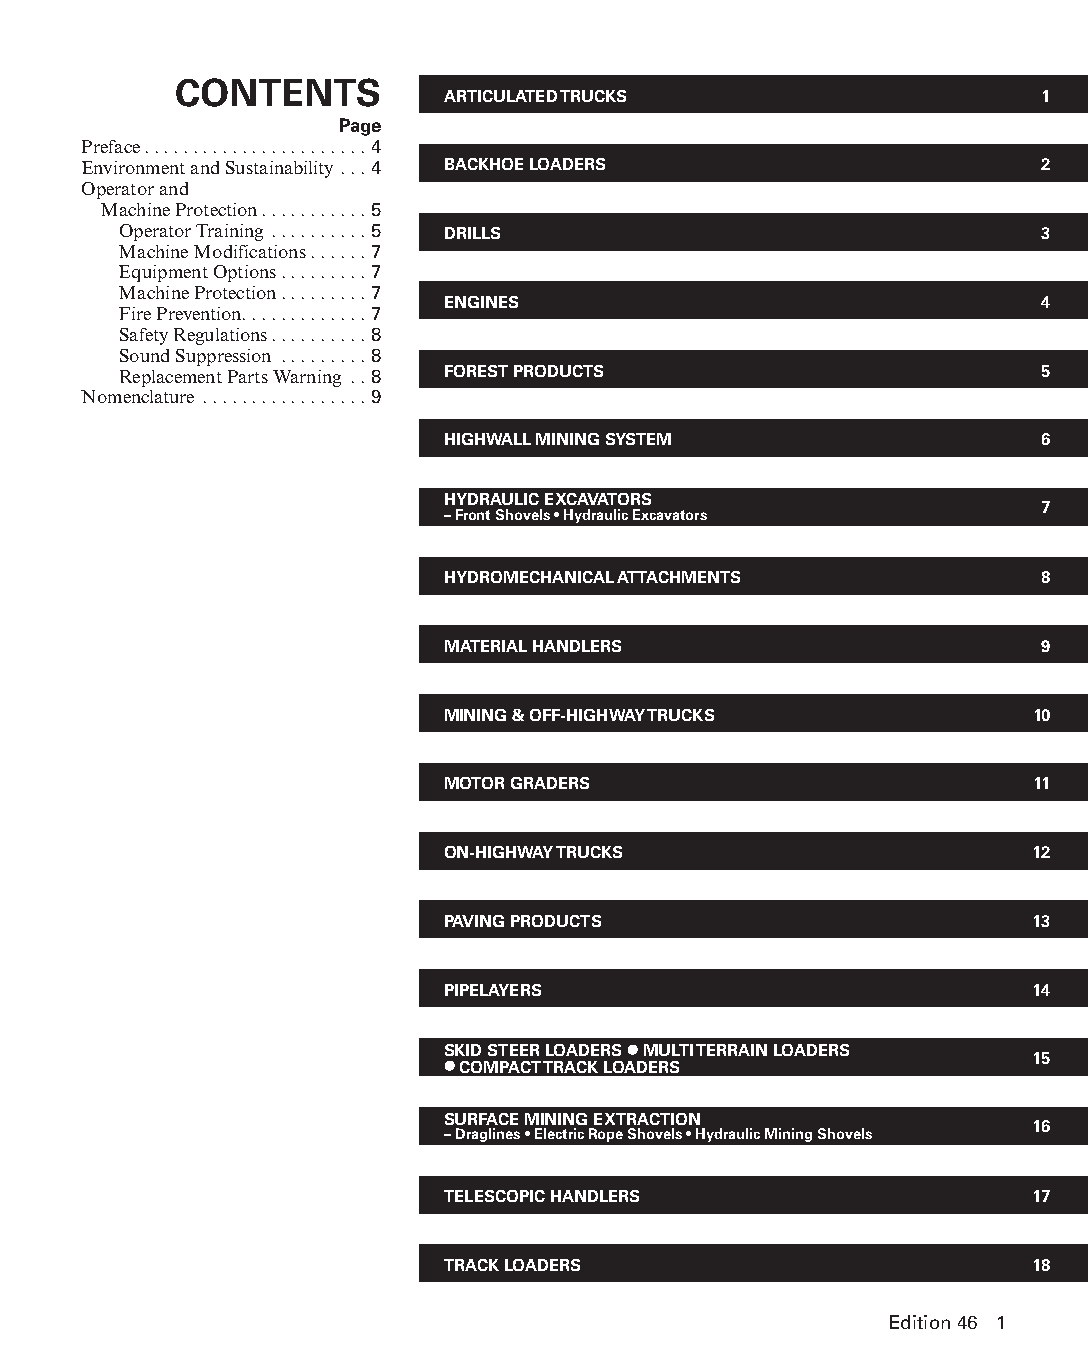
CONTENTS
 ARTICULATED TRUCKS                     1
 Page
 Preface . . . . . . . . . . . . . . . . . . . . . . . 4
 Environment and Sustainability . . . 4 BACKHOE LOADERS         2
 Operator and
 Machine Protection. . . . . . . . . . . 5
 Operator Training . . . . . . . . . . 5 DRILLS               3
 Machine Modifications . . . . . . 7
 Equipment Options . . . . . . . . . 7
 Machine Protection . . . . . . . . . 7
 ENGINES                                4
 Fire Prevention. . . . . . . . . . . . . 7
 Safety Regulations. . . . . . . . . . 8
 Sound Suppression . . . . . . . . . 8
 Replacement Parts Warning . . 8 FOREST PRODUCTS              5
 Nomenclature . . . . . . . . . . . . . . . . . 9
 HIGHWALL MINING SYSTEM                 6
 HYDRAULIC EXCAVATORS
 7
 – Front Shovels • Hydraulic Excavators
 HYDROMECHANICAL ATTACHMENTS            8
 MATERIAL HANDLERS                      9
 MINING & OFF-HIGHWAY TRUCKS            10
 MOTOR GRADERS                          11
 ON-HIGHWAY TRUCKS                      12
 PAVING PRODUCTS                        13
 PIPELAYERS                             14
 SKID STEER LOADERS ● MULTI TERRAIN LOADERS
 15
 ● COMPACT TRACK LOADERS
 SURFACE MINING EXTRACTION
 16
 – Draglines • Electric Rope Shovels • Hydraulic Mining Shovels
 TELESCOPIC HANDLERS                    17
 TRACK LOADERS                          18
 Edition 46 1
 PPHHBB--IInnttrroo--NNoomm--1166--BBooookkmmaarrkkeeddPPDDFF..iinndddd 11 1122//44//1155 1100::1177 AAMM